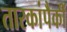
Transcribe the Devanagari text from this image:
तारकांपैकीं